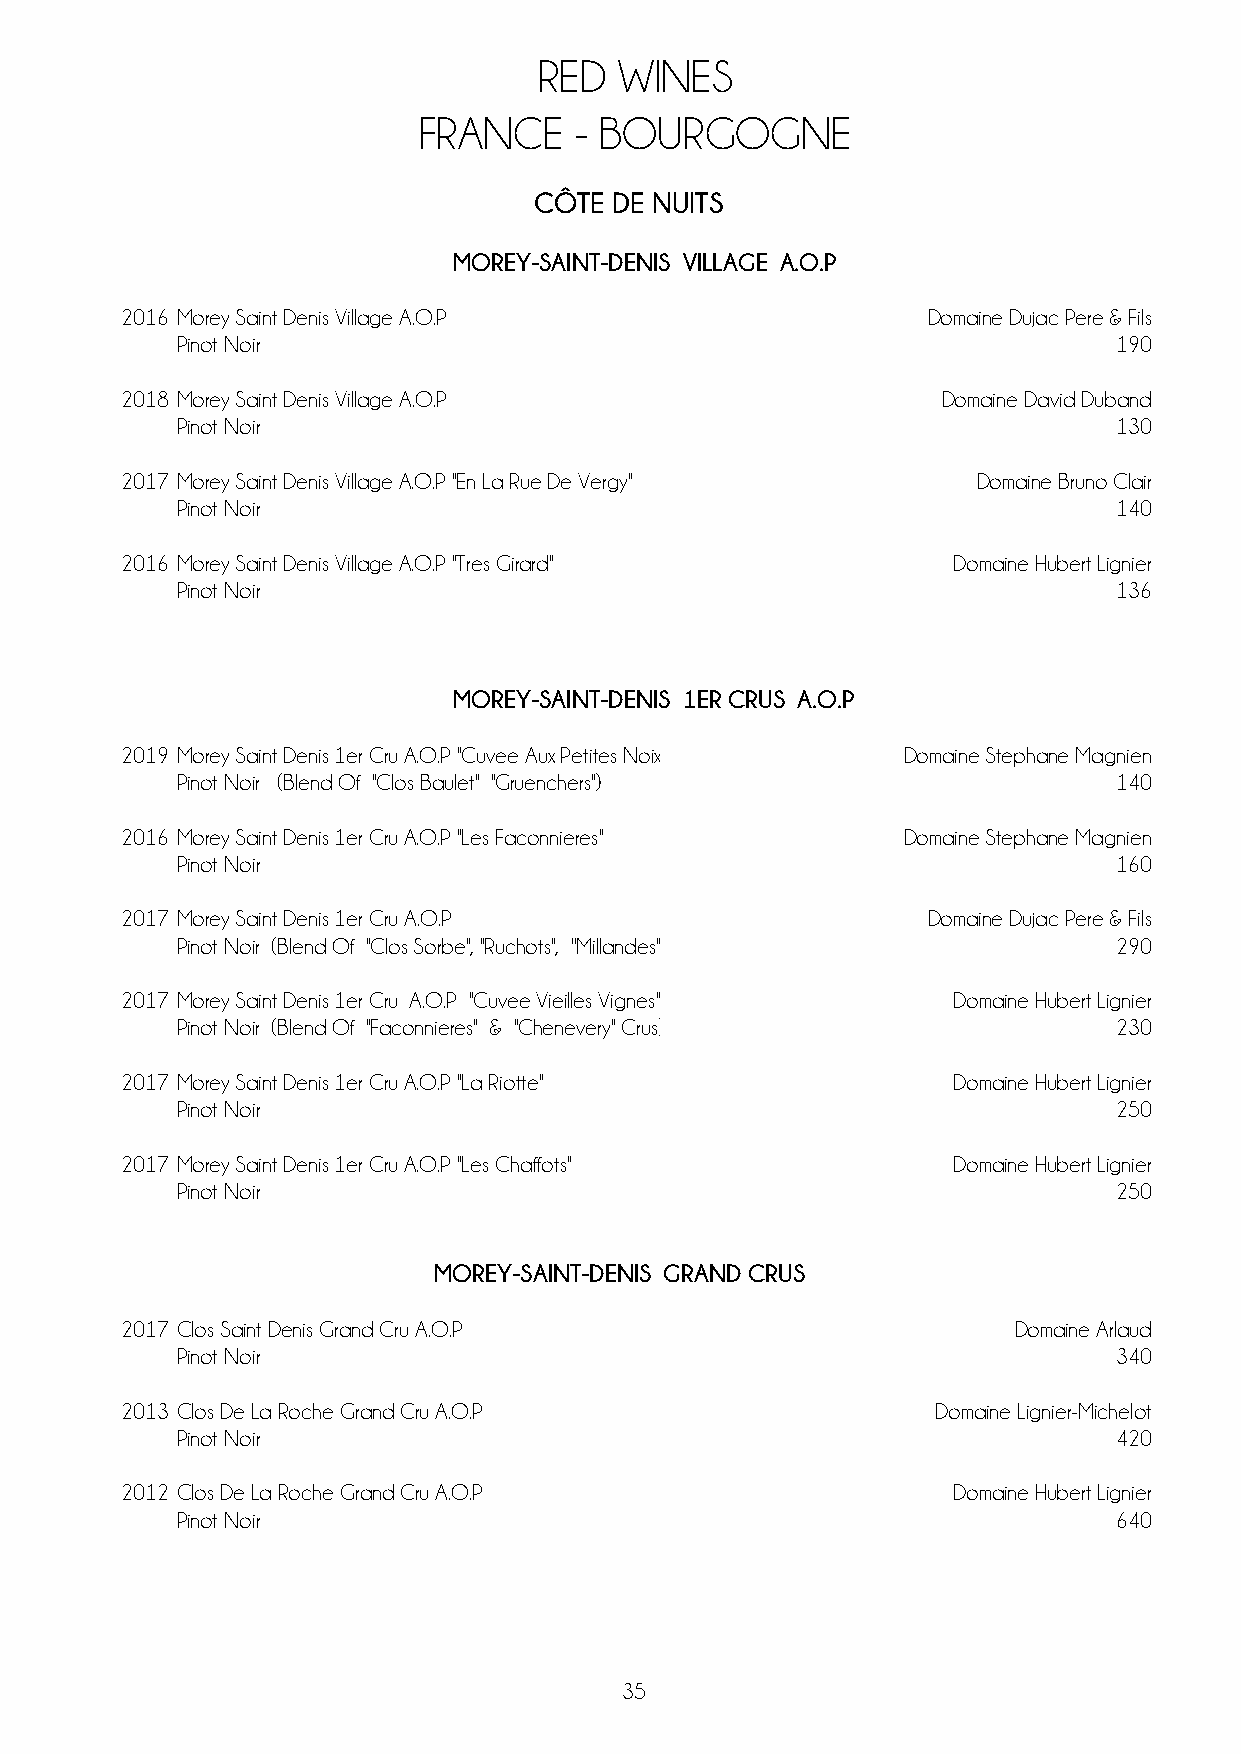
RED  WINES
 FRANCE    - BOURGOGNE
 CÔTE DE NUITS
 MOREY-SAINT-DENIS VILLAGE A.O.P
 2016 Morey Saint Denis Village A.O.P                 Domaine Dujac Pere & Fils
 Pinot Noir                                                    190
 2018 Morey Saint Denis Village A.O.P                  Domaine David Duband
 Pinot Noir                                                    130
 2017 Morey Saint Denis Village A.O.P ''En La Rue De Vergy'' Domaine Bruno Clair
 Pinot Noir                                                    140
 2016 Morey Saint Denis Village A.O.P ''Tres Girard''   Domaine Hubert Lignier
 Pinot Noir                                                    136
 MOREY-SAINT-DENIS 1ER CRUS A.O.P
 2019 Morey Saint Denis 1er Cru A.O.P ''Cuvee Aux Petites Noix'' Domaine Stephane Magnien
 Pinot Noir (Blend Of ''Clos Baulet'' ''Gruenchers'')          140
 2016 Morey Saint Denis 1er Cru A.O.P ''Les Faconnieres'' Domaine Stephane Magnien
 Pinot Noir                                                    160
 2017 Morey Saint Denis 1er Cru A.O.P                 Domaine Dujac Pere & Fils
 Pinot Noir (Blend Of ''Clos Sorbe'', ''Ruchots'', ''Millandes'') 290
 2017 Morey Saint Denis 1er Cru A.O.P ''Cuvee Vieilles Vignes'' Domaine Hubert Lignier
 Pinot Noir (Blend Of ''Faconnieres'' & ''Chenevery'' Crus)    230
 2017 Morey Saint Denis 1er Cru A.O.P ''La Riotte''     Domaine Hubert Lignier
 Pinot Noir                                                    250
 2017 Morey Saint Denis 1er Cru A.O.P ''Les Chaffots''  Domaine Hubert Lignier
 Pinot Noir                                                    250
 MOREY-SAINT-DENIS GRAND CRUS
 2017 Clos Saint Denis Grand Cru A.O.P                      Domaine Arlaud
 Pinot Noir                                                    340
 2013 Clos De La Roche Grand Cru A.O.P                 Domaine Lignier-Michelot
 Pinot Noir                                                    420
 2012 Clos De La Roche Grand Cru A.O.P                  Domaine Hubert Lignier
 Pinot Noir                                                    640
 35